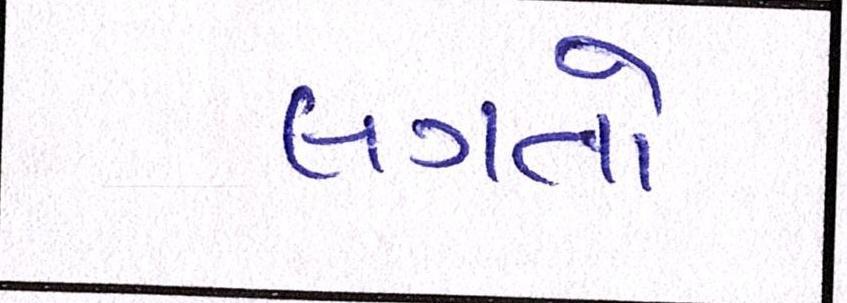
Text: લગતો